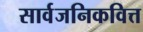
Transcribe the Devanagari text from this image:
सार्वजनिकवित्त